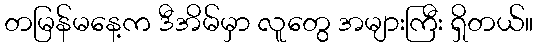
တမြန်မနေ့က ဒီအိမ်မှာ လူတွေ အများကြီး ရှိတယ်။